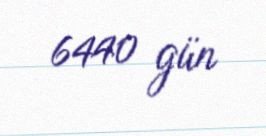
6440 gün